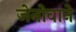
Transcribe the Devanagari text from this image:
जेनोवाने